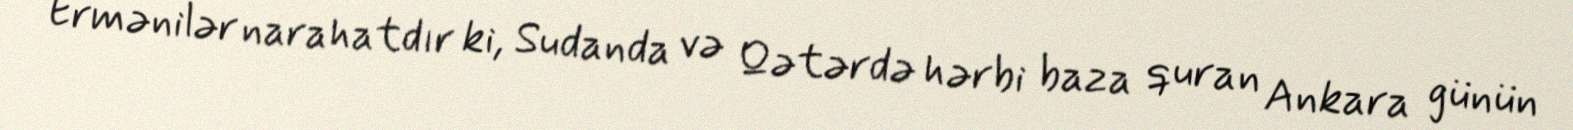
Ermənilər narahatdır ki, Sudanda və Qətərdə hərbi baza quran Ankara günün